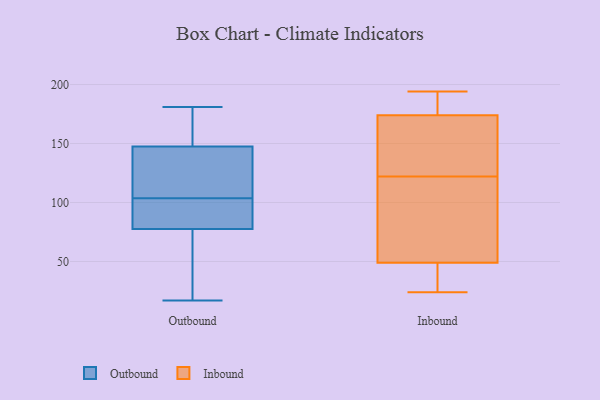
{"axis": {"x": "Shipments", "y": "Value"}, "legend": ["Inbound", "Outbound"], "data": [{"x": "", "y": 106, "type": "Outbound"}, {"x": "", "y": 89, "type": "Outbound"}, {"x": "", "y": 181, "type": "Outbound"}, {"x": "", "y": 111, "type": "Outbound"}, {"x": "", "y": 67, "type": "Outbound"}, {"x": "", "y": 17, "type": "Outbound"}, {"x": "", "y": 161, "type": "Outbound"}, {"x": "", "y": 173, "type": "Outbound"}, {"x": "", "y": 72, "type": "Outbound"}, {"x": "", "y": 176, "type": "Outbound"}, {"x": "", "y": 134, "type": "Outbound"}, {"x": "", "y": 97, "type": "Outbound"}, {"x": "", "y": 128, "type": "Outbound"}, {"x": "", "y": 81, "type": "Outbound"}, {"x": "", "y": 152, "type": "Outbound"}, {"x": "", "y": 95, "type": "Outbound"}, {"x": "", "y": 55, "type": "Outbound"}, {"x": "", "y": 143, "type": "Outbound"}, {"x": "", "y": 74, "type": "Outbound"}, {"x": "", "y": 101, "type": "Outbound"}, {"x": "", "y": 145, "type": "Inbound"}, {"x": "", "y": 139, "type": "Inbound"}, {"x": "", "y": 41, "type": "Inbound"}, {"x": "", "y": 24, "type": "Inbound"}, {"x": "", "y": 93, "type": "Inbound"}, {"x": "", "y": 30, "type": "Inbound"}, {"x": "", "y": 47, "type": "Inbound"}, {"x": "", "y": 174, "type": "Inbound"}, {"x": "", "y": 157, "type": "Inbound"}, {"x": "", "y": 163, "type": "Inbound"}, {"x": "", "y": 194, "type": "Inbound"}, {"x": "", "y": 180, "type": "Inbound"}, {"x": "", "y": 184, "type": "Inbound"}, {"x": "", "y": 105, "type": "Inbound"}, {"x": "", "y": 95, "type": "Inbound"}, {"x": "", "y": 177, "type": "Inbound"}, {"x": "", "y": 49, "type": "Inbound"}, {"x": "", "y": 57, "type": "Inbound"}]}